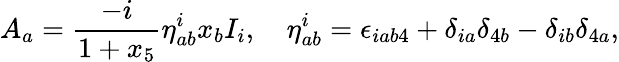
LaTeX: A_{a}=\frac{-i}{1+x_{5}}\eta_{ab}^{i}x_{b}I_{i},\quad\eta_{ab}^{i}=\epsilon_{iab4}+\delta_{ia}\delta_{4b}-\delta_{ib}\delta_{4a},